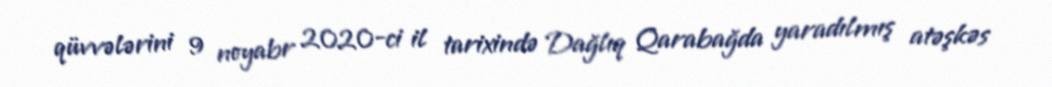
qüvvələrini 9 noyabr 2020-ci il tarixində Dağlıq Qarabağda yaradılmış atəşkəs